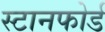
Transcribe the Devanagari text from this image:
स्टानफोर्ड